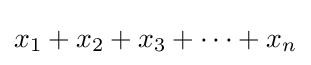
{x_{1}+x_{2}+x_{3}+\cdots +x_{n}}